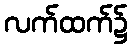
လက်ထက်၌